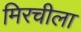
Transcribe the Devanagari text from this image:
मिरचीला